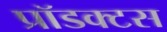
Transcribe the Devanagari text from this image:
प्रॉडक्टस